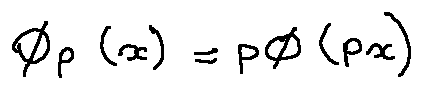
\phi _ { p } ( x ) = p \phi ( p x )